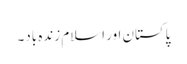
پاکستان اور اسلام زندہ باد۔